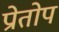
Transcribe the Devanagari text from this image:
प्रोतोप